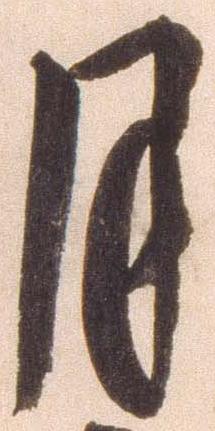
月